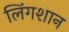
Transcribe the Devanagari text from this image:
लिंगशान